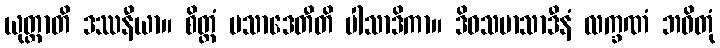
ယုတ္တာတိ ဒဿနီယာ။ စိတ္တံ ပသာဒေတီတိ ပါသာဒိကာ။ ဒိဝသမာသာဒီနံ လက္ခဏံ ဘဝိတုံ